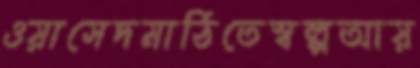
ওয়াসেদমাঠিতেস্বল্পআয়